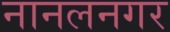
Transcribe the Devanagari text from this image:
नानलनगर